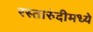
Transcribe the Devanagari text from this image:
रस्तारुंदीमध्ये